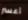
أعسر